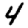
Digit: 4